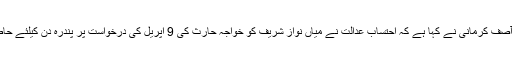
مسلم لیگ ن کے ترجمان آصف کرمانی نے کہا ہے کہ احتساب عدالت نے میاں نواز شریف کو خواجہ حارث کی 9 اپریل کی درخواست پر پندرہ دن کیلئے حاضری سے استثنیٰ دیا ہے۔